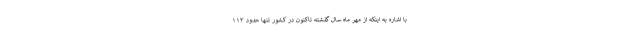
با اشاره به اینکه از مهر ماه سال گذشته تاکنون در کشور تنها حدود ۱۱۳